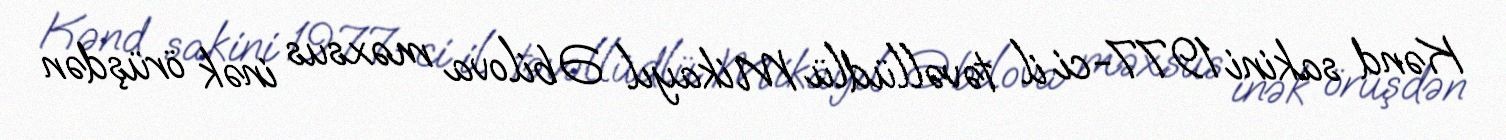
Kənd sakini 1977-ci il təvəllüdlü Mikayıl Əbilova məxsus inək örüşdən